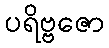
ပရိဗ္ဗဇော